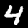
Label: 4